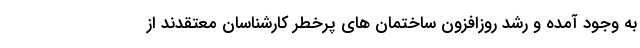
به وجود آمده و رشد روزافزون ساختمان های پرخطر کارشناسان معتقدند از